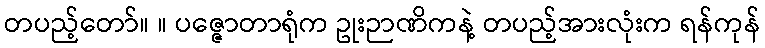
တပည့်တော်။ ။ ပဇ္ဇောတာရုံက ဥုးဉာဏိကနဲ့ တပည့်အားလုံးက ရန်ကုန်